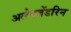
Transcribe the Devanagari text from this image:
अलेक्ज़ेंडरिन